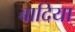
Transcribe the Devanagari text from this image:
बादिया